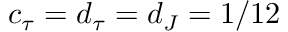
c _ { \tau } = d _ { \tau } = d _ { J } = 1 / 1 2